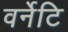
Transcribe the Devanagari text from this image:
वर्नेटि